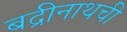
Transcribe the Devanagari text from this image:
बद्रीनाथची